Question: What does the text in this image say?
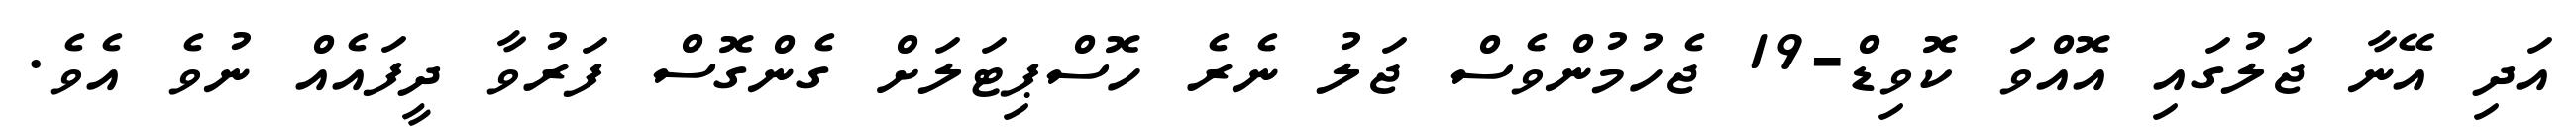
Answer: އަދި އޭނާ ޖަލުގައި އޮއްވަ ކޮވިޑް-19 ޖެހުމުންވެސް ޖަލު ނެރެ ހޮސްޕިޓަލަށް ގެންގޮސް ފަރުވާ ދީފައެއް ނުވެ އެވެ.